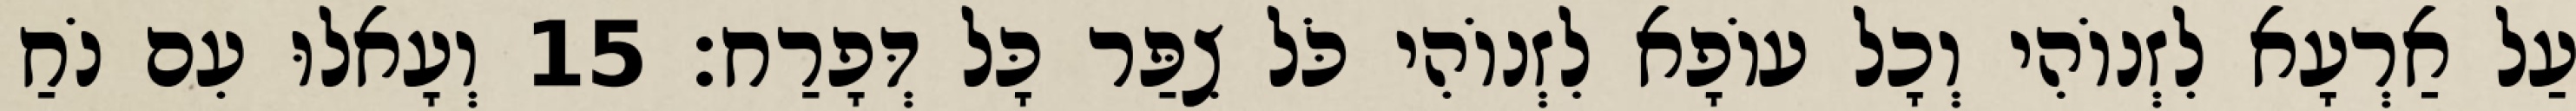
עַל אַרְעָא לִזְנוֹהִי וְכָל עוֹפָא לִזְנוֹהִי כֹּל צִפַּר כָּל דְּפָרַח׃ 15 וְעָאלוּ עִם נֹחַ